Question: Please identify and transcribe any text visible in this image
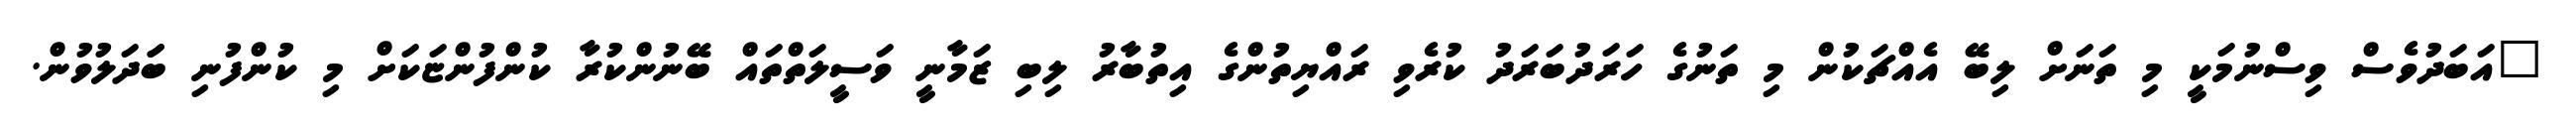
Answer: "އަބަދުވެސް ވިސްނުމަކީ މި ތަނަށް ލިބޭ އެއްޗަކުން މި ތަނުގެ ހަރަދުބަރަދު ކުރެވި ރައްޔިތުންގެ އިތުބާރު ލިބި ޒަމާނީ ވަސީލަތްތައް ބޭނުންކުރާ ކުންފުންޏަކަށް މި ކުންފުނި ބަަދަލުވުން.